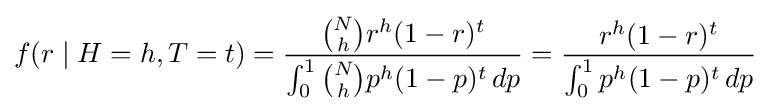
f(r\mid H=h,T=t)={\frac {{N \choose h}r^{h}(1-r)^{t}}{\int _{0}^{1}{N \choose h}p^{h}(1-p)^{t}\,dp}}={\frac {r^{h}(1-r)^{t}}{\int _{0}^{1}p^{h}(1-p)^{t}\,dp}}